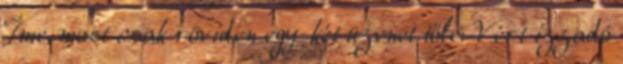
Íme, most csak röviden egy-két üzenet tőle: Vért izzadó